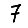
Digit: 7